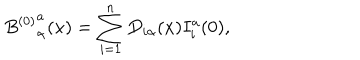
LaTeX: { B ^ { ( 0 ) } } _ { \alpha } ^ { a } ( x ) = \sum _ { i = 1 } ^ { n } D _ { i \alpha } ( x ) I _ { i } ^ { a } ( 0 ) ,